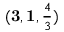
( { \mathbf { 3 } } , \mathbf { 1 } , \textstyle { \frac { 4 } { 3 } } )